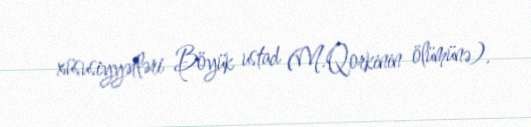
xüsusiyyətləri Böyük ustad (M.Qorkinin ölümünə).